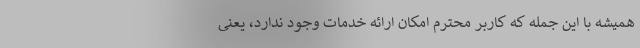
همیشه با این جمله که کاربر محترم امکان ارائه خدمات وجود ندارد، یعنی